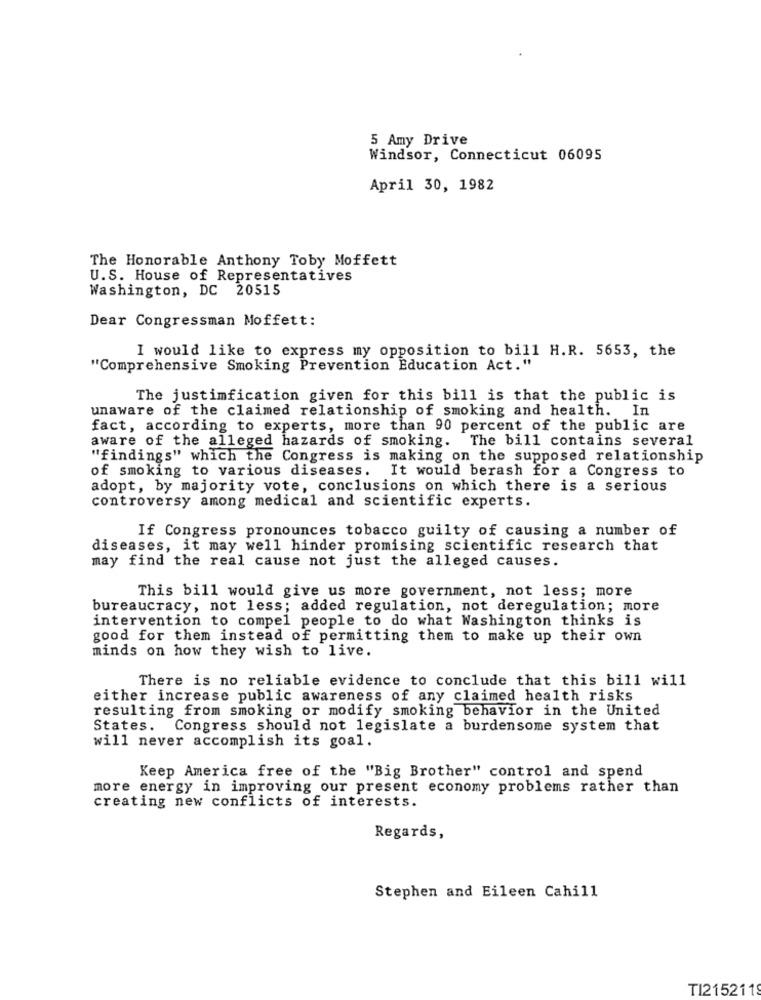
5 Amy Drive
Windsor, Connecticut 06095
April 30, 1982
The Honorable Anthony Toby Moffett
U.S. House of Representatives
Washington, DC 20515
Dear Congressman Moffett:
I would like to express my opposition to bill H.R. 5653, the
"Comprehensive Smoking Prevention Education Act."
The justimfication given for this bill is that the public is
unaware of the claimed relationship of smoking and health. In
fact, according to experts, more than 90 percent of the public are
aware of the alleged hazards of smoking. The bill contains several
"findings" which the Congress is making on the supposed relationship
of smoking to various diseases. It would berash for a Congress to
adopt, by majority vote, conclusions on which there is a serious
controversy among medical and scientific experts.
If Congress pronounces tobacco guilty of causing a number of
diseases, it may well hinder promising scientific research that
may find the real cause not just the alleged causes.
This bill would give us more government, not less; more
bureaucracy, not less; added regulation, not deregulation; more
intervention to compel people to do what Washington thinks is
good for them instead of permitting them to make up their own
minds on how they wish to live.
There is no reliable evidence to conclude that this bill will
either increase public awareness of any claimed health risks
resulting from smoking or modify smoking behavior in the United
States. Congress should not legislate a burdensome system that
will never accomplish its goal.
Keep America free of the "Big Brother" control and spend
more energy in improving our present economy problems rather than
creating new conflicts of interests.
Regards,
Stephen and Eileen Cahill
TI2152119